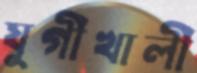
যুগীখালী